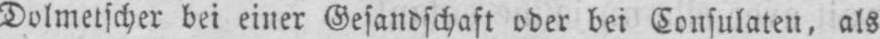
Dolmetscher bei einer Gesandschaft oder bei Consulaten, als